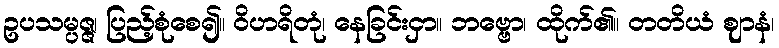
ဥပသမ္ပဇ္ဇ၊ ပြည့်စုံစေ၍။ ဝိဟရိတုံ၊ နေခြင်းငှာ။ ဘဗ္ဗော၊ ထိုက်၏။ တတိယံ ဈာနံ၊